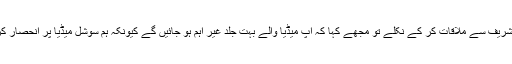
منگل کو نواز شریف سے ملاقات کر کے نکلے تو مجھے کہا کہ آپ میڈیا والے بہت جلد غیر اہم ہو جائیں گے کیونکہ ہم سوشل میڈیا پر انحصار کرنے لگے ہیں۔